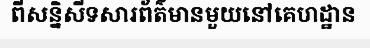
ពីសន្និសីទសារព័ត៌មានមួយនៅគេហដ្ឋាន